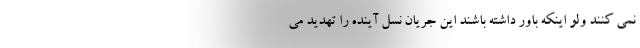
نمی کنند ولو اینکه باور داشته باشند این جریان نسل آینده را تهدید می